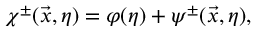
\chi ^ { \pm } ( \vec { x } , \eta ) = \varphi ( \eta ) + \psi ^ { \pm } ( \vec { x } , \eta ) ,